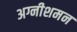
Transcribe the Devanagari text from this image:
अग्नीशमन